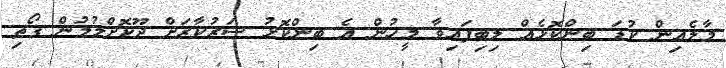
މާލެއިން ކުޑަ ބިންކޮޅެއް ލިބިފައިވާ މީހުން އެ ބިންކޮޅު ސަރުކާރަށް ދޫކޮށްލުމުން ގޯތި